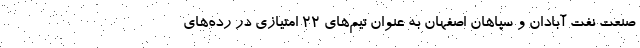
صنعت نفت آبادان و سپاهان اصفهان به عنوان تیم‌های ۲۲ امتیازی در رده‌های